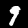
Label: 9